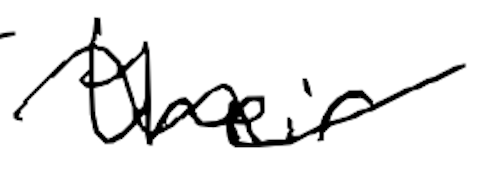
Text: their
Cross-out: wave
Writing tool: digital_black